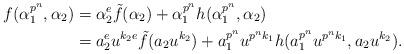
LaTeX: \begin{align*} f(\alpha_1^{p^n},\alpha_2) &= \alpha_2^e\tilde{f}(\alpha_2) + \alpha_1^{p^n}h(\alpha_1^{p^n},\alpha_2)\\ &= a_2^e u^{k_2e}\tilde{f}(a_2u^{k_2}) + a_1^{p^n}u^{p^nk_1}h(a_1^{p^n}u^{p^nk_1},a_2u^{k_2}).\end{align*}